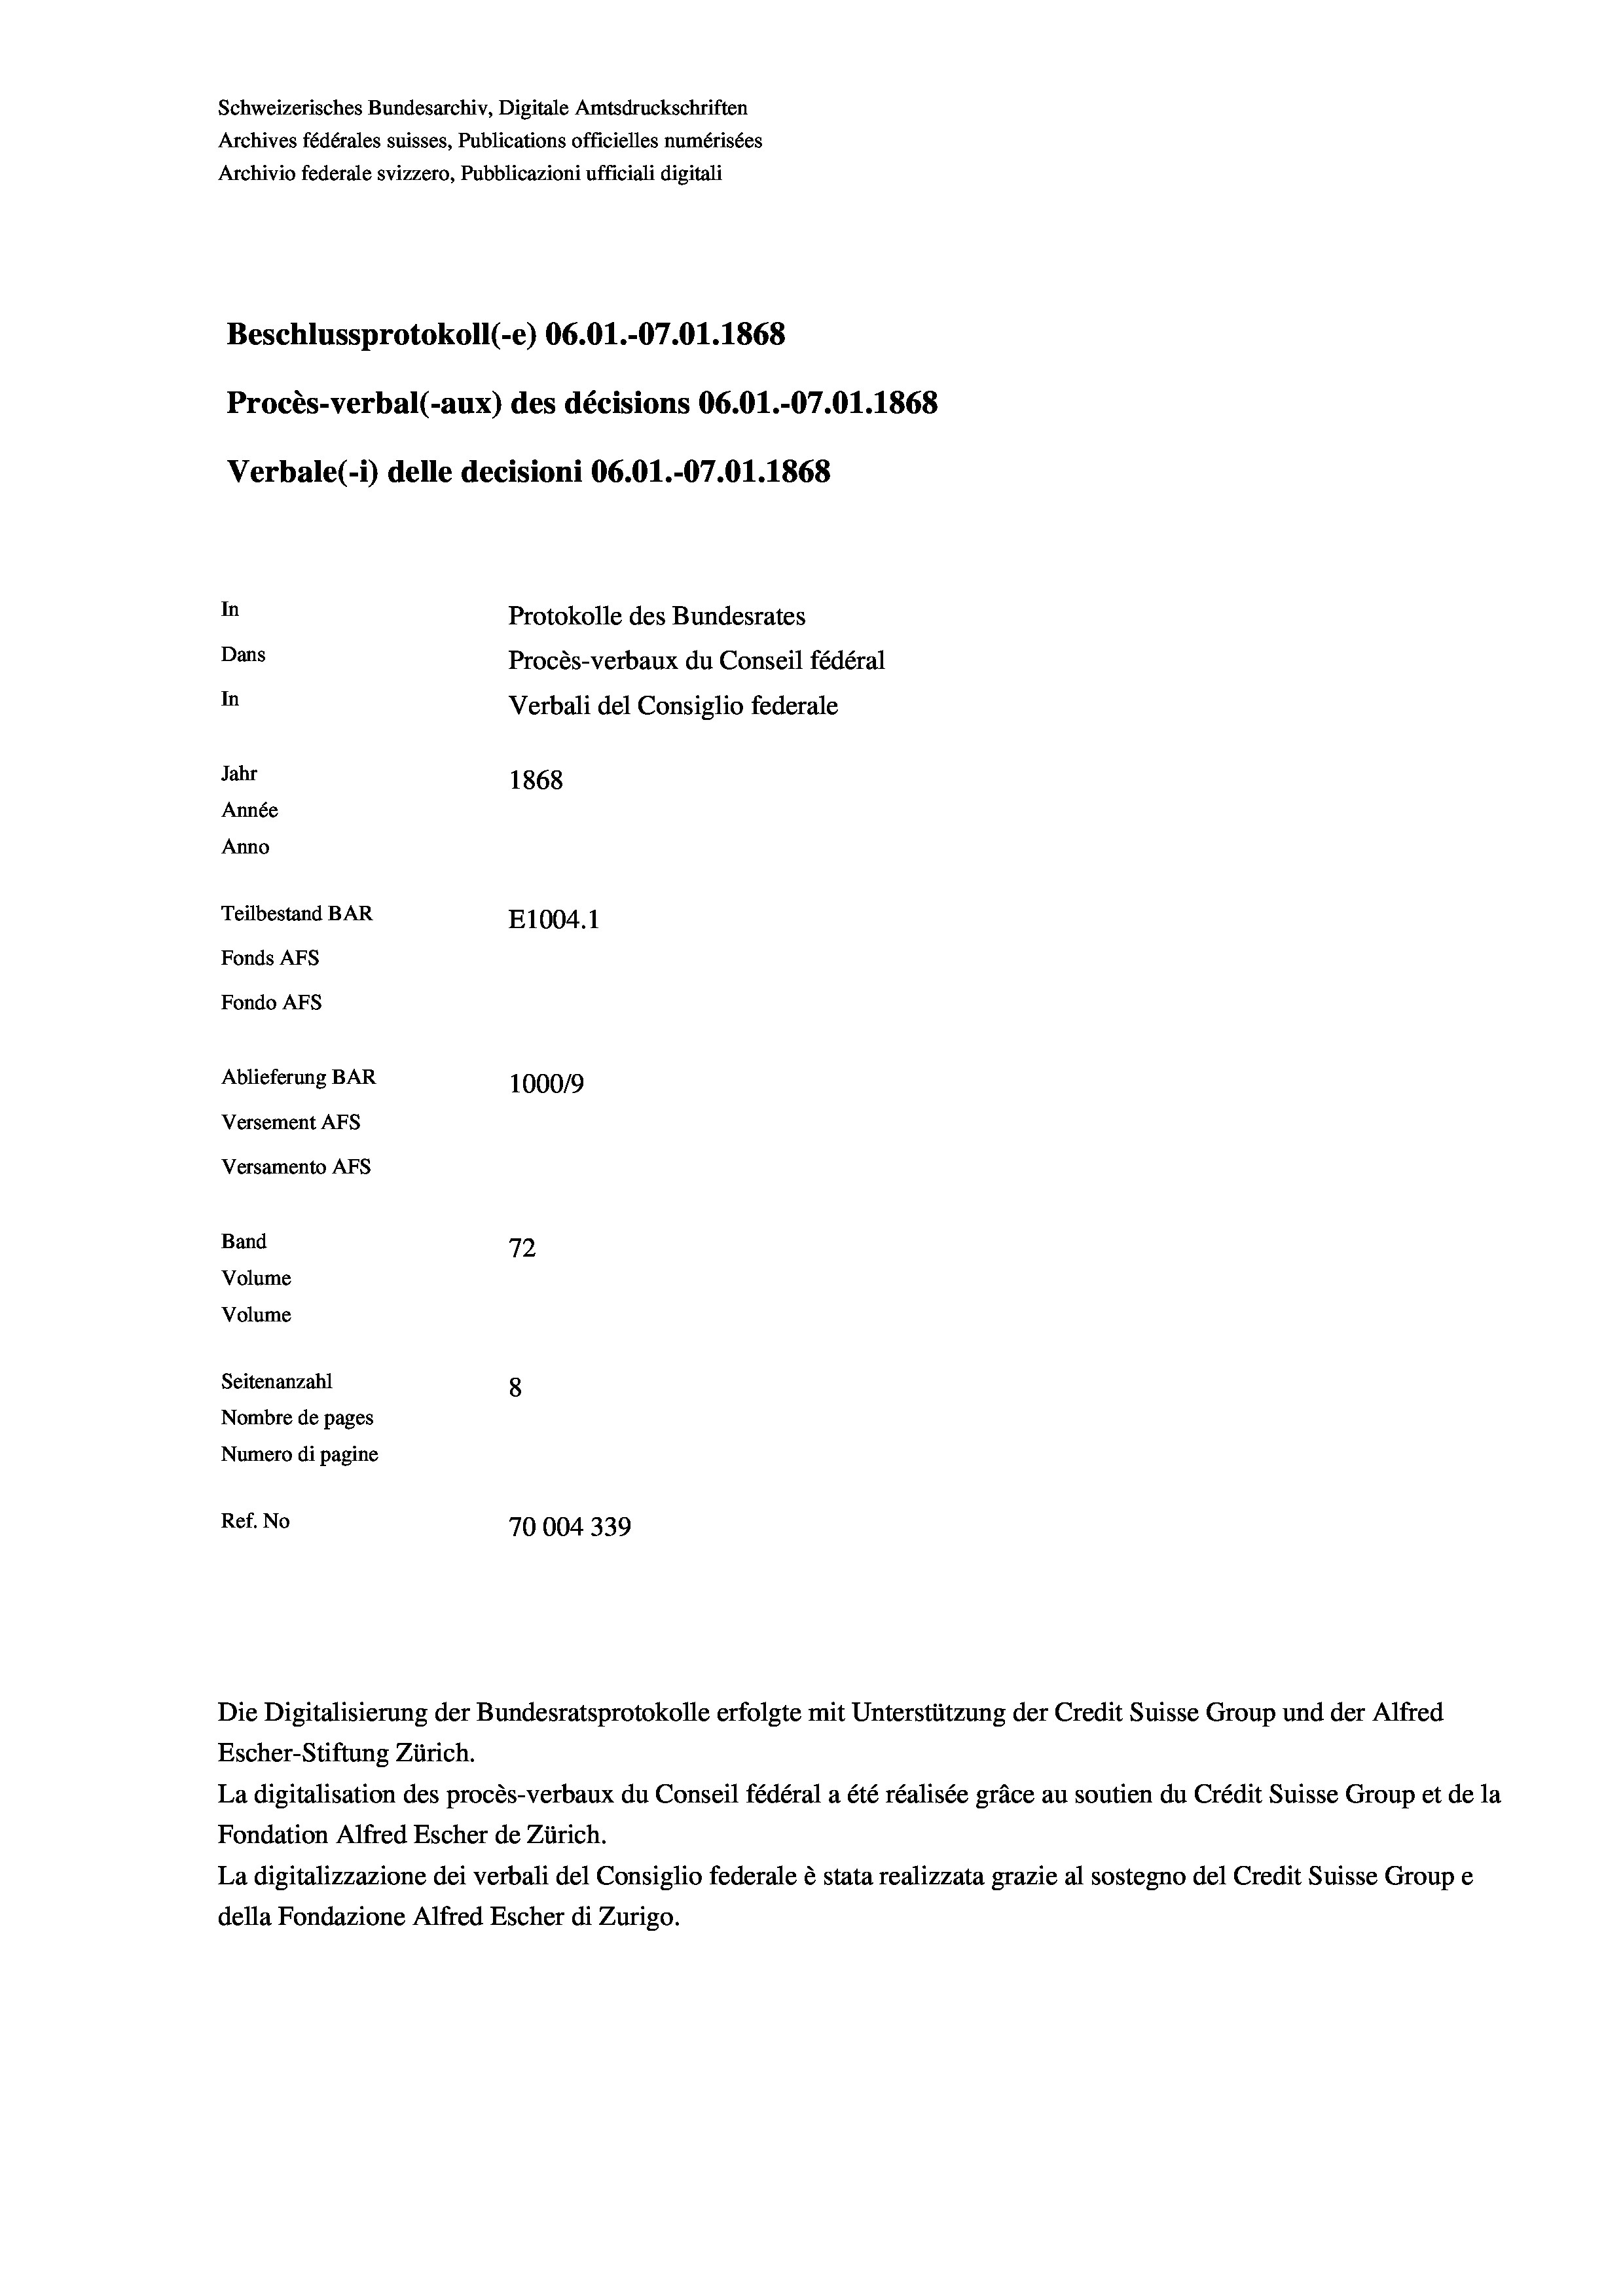
Schweizerisches Bundesarchiv, Digitale Amtsdruckschriften
Archives fédérales suisses, Publications officielles numérisées
Archivio federale svizzero, Pubblicazioni ufficiali digitali
Beschlussprotokoll (-e) 06.01.-07.01. 1868
Procès-verbal (-aux) des décisions 06.O1.-07.01. 1868
Verbale(-*) delle decisioni 06.01.-07.01. 1868
In
Protokolle des Bundesrates
Dans
Procès-verbaux du Conseil fédéral
In
Verbali del Consiglio federale
Jahr
1868
Année
Anno
Teilbestand BAR
E1004.1
Fonds AFs
Fondo AFS
Ablieferung BAR
100019
Versement AFs
Versamento AFs
Band
72
Volume
Volume
Seitenanzahl
8
Nombre de pages
Numero di pagine
Ref. No
70004339

Escher-Stiftung Zürich.
La digitalisation des procès-verbaux du Conseil fédéral a été réalisée gräce au soutien du Crédit Suisse Group et de la
Fondation Alfred Escher de Zürich.
La digitalizzazione dei verbali del Consiglio federale è stata realizzata grazie al sostegno del Credit Suisse Groupe
della Fondazione Alfred Escher di Zurigo.

Die Digitalisierung der Bundesratsprotokolle erfolgte mit Unterstützung der Credit Suisse Group und der Alfred